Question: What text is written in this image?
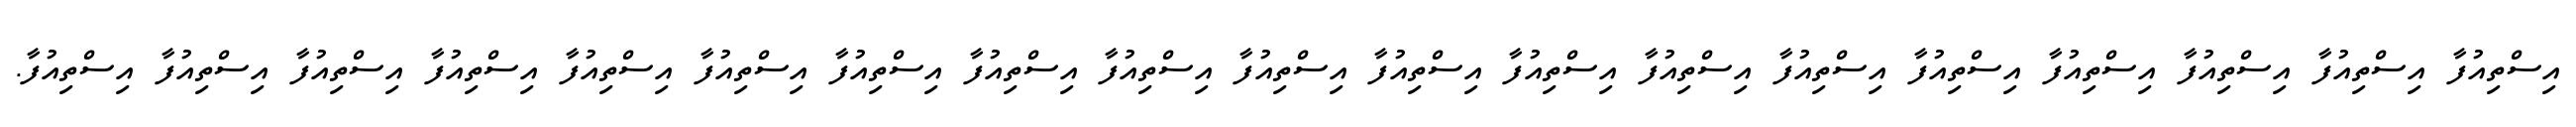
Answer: އިސްތިއުފާ އިސްތިއުފާ އިސްތިއުފާ އިސްތިއުފާ އިސްތިއުފާ އިސްތިއުފާ އިސްތިއުފާ އިސްތިއުފާ އިސްތިއުފާ އިސްތިއުފާ އިސްތިއުފާ އިސްތިއުފާ އިސްތިއުފާ އިސްތިއުފާ އިސްތިއުފާ އިސްތިއުފާ އިސްތިއުފާ އިސްތިއުފާ އިސްތިއުފާ.